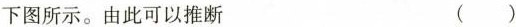
下图所示。由此可以推断 ()